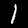
Label: 1